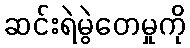
ဆင်းရဲမွဲတေမှုကို